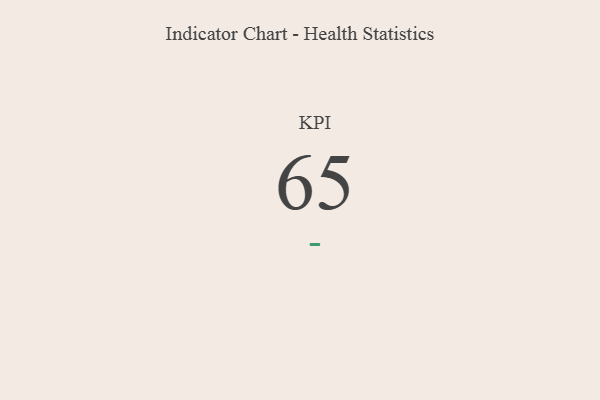
{"axis": {"x": "KPI", "y": "Value"}, "legend": [""], "data": [{"x": "KPI", "y": 65, "type": ""}]}